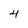
Character: 4